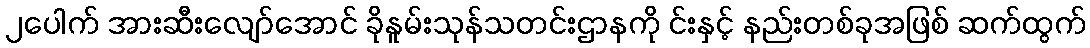
၂ပေါက် အားဆီးလျော်အောင် ခိုနူမ်းသုန်သတင်းဌာနကို င်းနှင့် နည်းတစ်ခုအဖြစ် ဆက်ထွက်